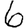
Digit: 6